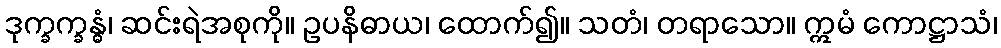
ဒုက္ခက္ခန္ဓံ၊ ဆင်းရဲအစုကို။ ဥပနိဓာယ၊ ထောက်၍။ သတံ၊ တရာသော။ ဣမံ ကောဋ္ဌာသံ၊